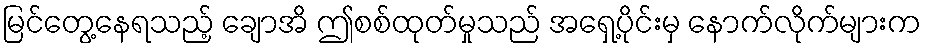
မြင်တွေ့နေရသည့် ချောအိ ဤစစ်ထုတ်မှုသည် အရှေ့ပိုင်းမှ နောက်လိုက်များက